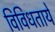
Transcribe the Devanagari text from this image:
विविधतायें